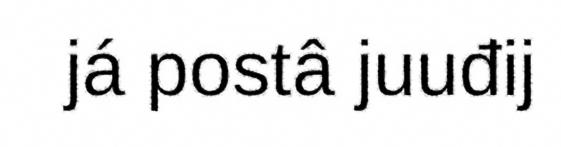
já postâ juuđij